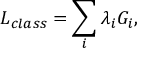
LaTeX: { \cal L } _ { c l a s s } = \sum _ { i } \lambda _ { i } { \cal G } _ { i } ,